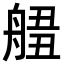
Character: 𦩙